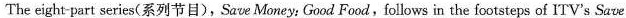
The eight part series(系列节目),Save Money; Good Food,follows in the footsteps of ITV's Save